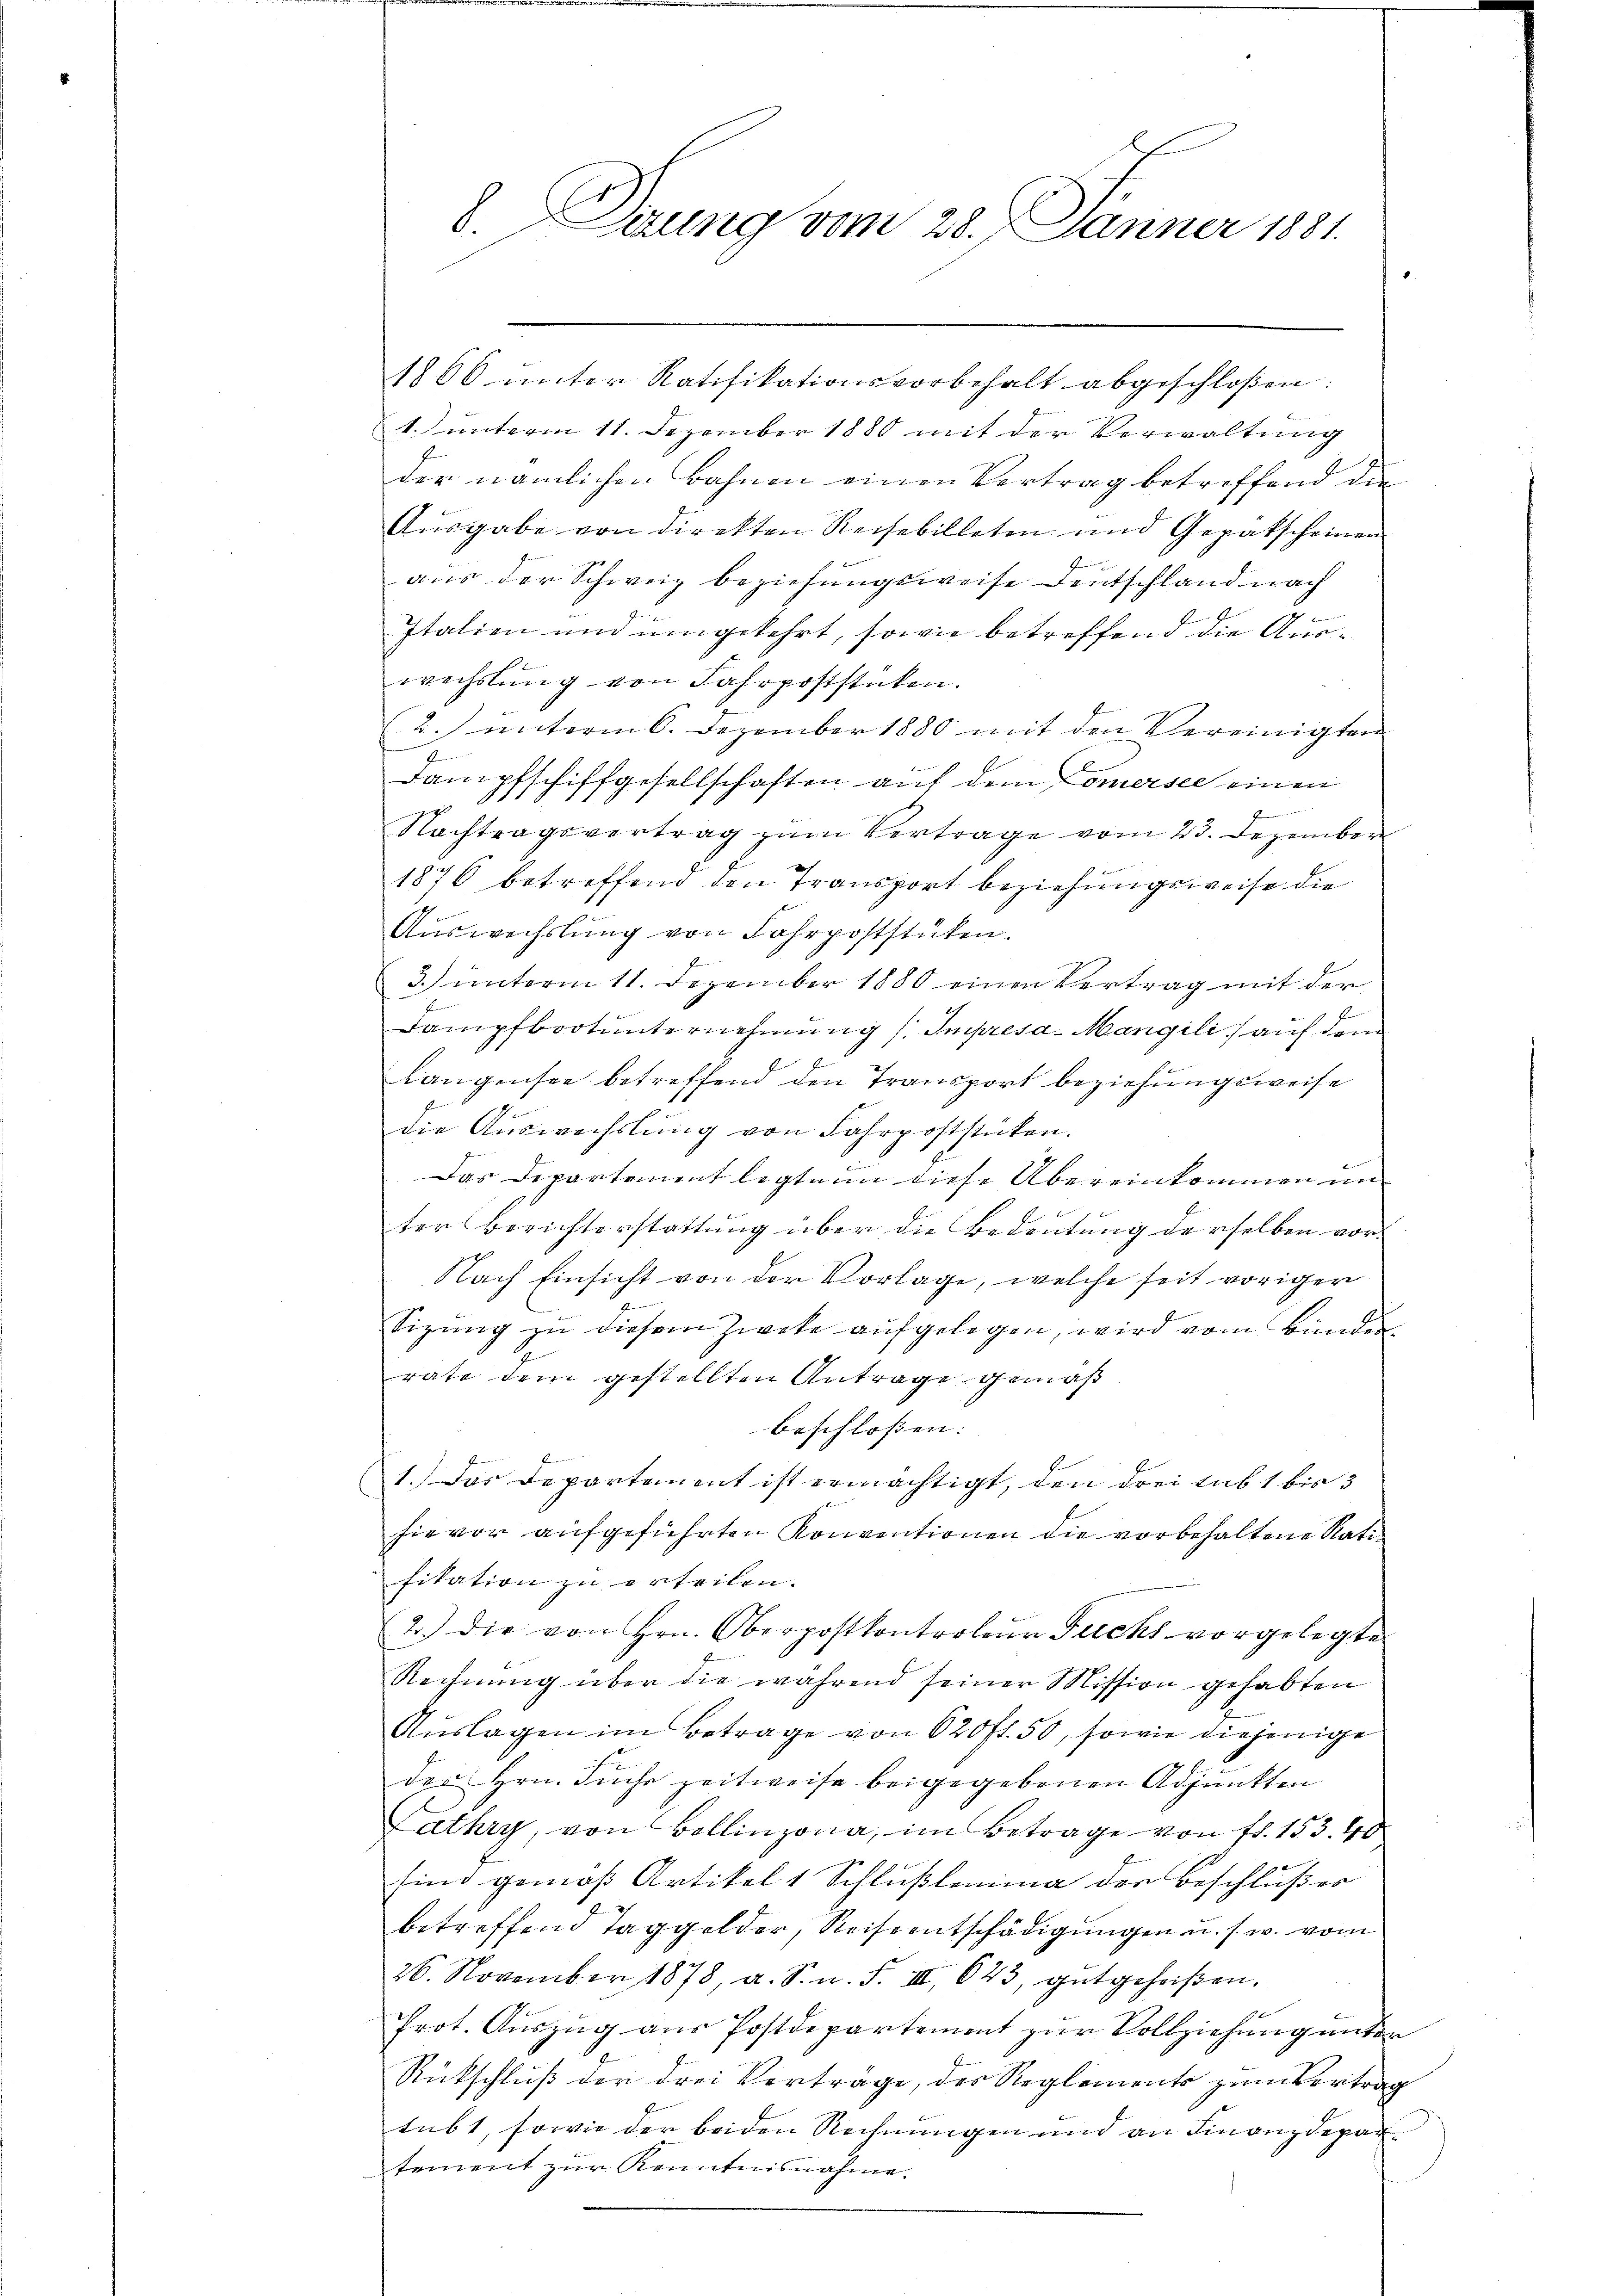
8. Derung vom 28. Jänner 1881.

1866 ŭnter Ratifikationsvorbehalt abgeschloßen:
1. unterm 11. Dezember 1880 mit der Verwaltung
der nämlichen Bahnen einen Vertrag betreffend die
Ausgabe von direkten Reisebilleten und Gepatscheinen
aus der Schweiz beziehungsweise Deutschland nach
g
E
Italien und umgekehrt, sowie betreffend die Auswechslung von Jahrpoststücken.
(2.) unterm 6. Dezember 1880 mit den Vereinigten
n
Dampfschiffgesellschaften auf dem Comersee einen

Nachtragsvertrag zum Vertrage vom 23. Dezember
1876 betreffend den Transport beziehungsweise die
Auswechslung von Fahrpoststücken.
3) unterm 11. Dezember 1880 einen Vertrag mit der
Dampfbootunternehmung / Impresa-Mangili) auf dem
Langensee betreffend den Transport beziehungsweise
die Auswechslung von Fahrpoststücken.
Das Departement legten diese Übereinkommen un
ter Berichterstattung über die Bedeutung derselben vor¬
Nach Einsicht von der Vorlage, welche seit voriger
e
Sizung zu diesem Zweke aufgelegen, wird vom Bunder
rate dem gestellten Antrage gemäß
beschlossen:
1.) Das Departement ist ermächtigt, den drei sub 1 bis 3
sie vor aufgeführten Konventionen die vorbehaltene Ratifikation zu erteilen.
2.) die von Hrn. Oberpostkontroleŭr Fuchs vorgelegte
Rechnung über die während seiner Mission gehabten
Auslagen im Betrage von 620 fl. 50, sowie diejenige
ich
der Hrn. Suche zeitweise beigegebenen Adjunkten
Lathry, von Bollinzona, im Betrage von fl. 153. 40
sind gemäß Artikel 1 Schlußlemina der Beschlußes
betreffend Taggelder, Reiseentschädigungen u. s. w. vom
26. November 1878, a. S. n. F. III 623, gutgeheiβen.
Prot. Auszug aus Postdepartement zur Vollziehung unter
Rückschluß der drei Vertrage, der Reglements zum Vertrag
tübt, sowie der beiden Rechnungen und an Finanzdepartement zur Kenntnisnahme.